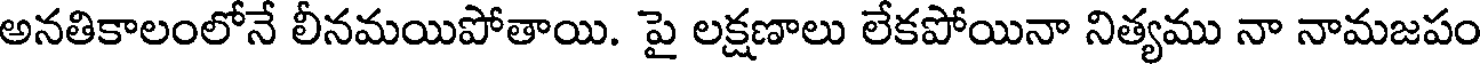
అనతికాలంలోనే లీనమయిపోతాయి. పై లక్షణాలు లేకపోయినా నిత్యము నా నామజపం